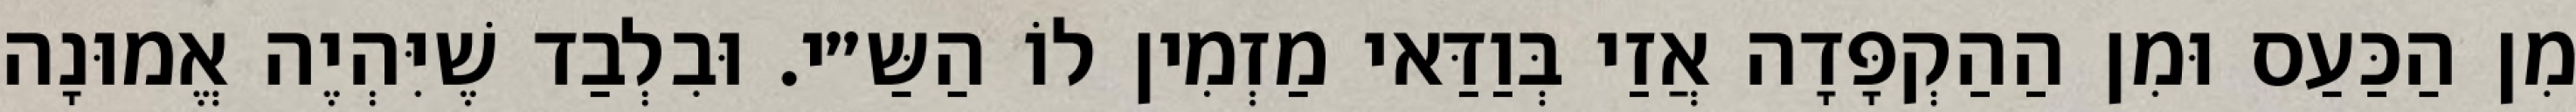
מִן הַכַּעַס וּמִן הַהַקְפָּדָה אֲזַי בְּוַדַּאי מַזְמִין לוֹ הַשַּ״י. וּבִלְבַד שֶׁיִּהְיֶה אֱמוּנָה